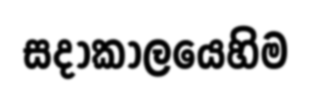
සදාකාලයෙහිම